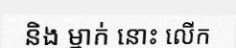
និង ម្នាក់ នោះ លើក